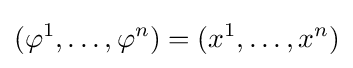
(\varphi ^{1},\ldots ,\varphi ^{n})=(x^{1},\ldots ,x^{n})